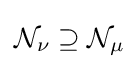
{\mathcal {N}}_{\nu }\supseteq {\mathcal {N}}_{\mu }